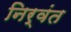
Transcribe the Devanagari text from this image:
निर्वंत